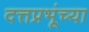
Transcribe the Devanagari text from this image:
दत्तप्रभूंच्या